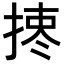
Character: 𢰯